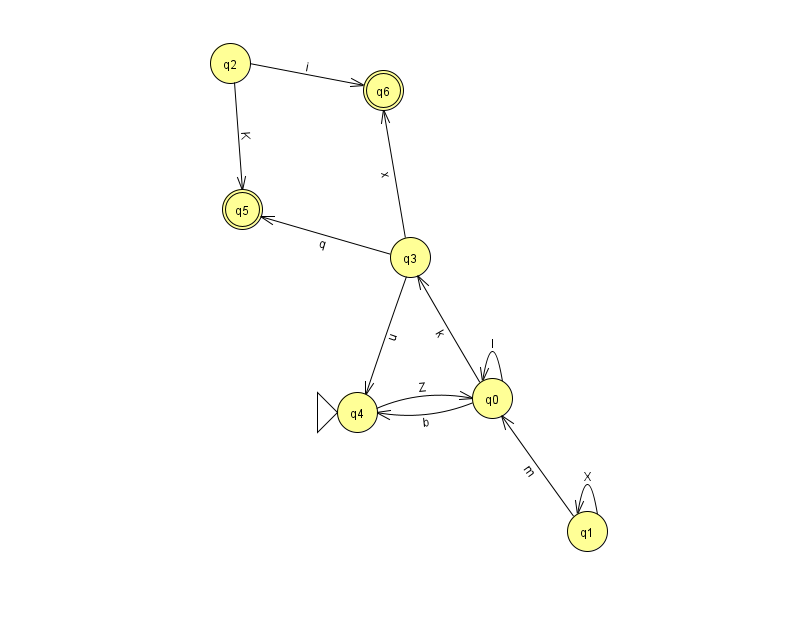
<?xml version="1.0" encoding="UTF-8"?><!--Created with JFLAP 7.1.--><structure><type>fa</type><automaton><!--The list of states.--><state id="0" name="q0"><x>492.0</x><y>385.0</y></state><state id="1" name="q1"><x>587.0</x><y>518.0</y></state><state id="2" name="q2"><x>230.0</x><y>50.0</y></state><state id="3" name="q3"><x>410.0</x><y>244.0</y></state><state id="4" name="q4"><x>357.0</x><y>399.0</y><initial/></state><state id="5" name="q5"><x>242.0</x><y>196.0</y><final/></state><state id="6" name="q6"><x>383.0</x><y>77.0</y><final/></state><!--The list of transitions.--><transition><from>0</from><to>3</to><read>k</read></transition><transition><from>3</from><to>4</to><read>u</read></transition><transition><from>4</from><to>0</to><read>Z</read></transition><transition><from>2</from><to>6</to><read>i</read></transition><transition><from>1</from><to>1</to><read>X</read></transition><transition><from>2</from><to>5</to><read>K</read></transition><transition><from>0</from><to>0</to><read>I</read></transition><transition><from>1</from><to>0</to><read>m</read></transition><transition><from>3</from><to>5</to><read>q</read></transition><transition><from>0</from><to>4</to><read>b</read></transition><transition><from>3</from><to>6</to><read>x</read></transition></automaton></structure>